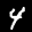
Label: 4